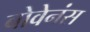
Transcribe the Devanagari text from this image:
बोवेनंस